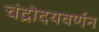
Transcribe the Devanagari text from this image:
चंद्रोदयवर्णन